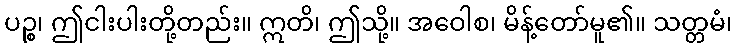
ပဉ္စ၊ ဤငါးပါးတို့တည်း။ ဣတိ၊ ဤသို့။ အဝေါစ၊ မိန့်တော်မူ၏။ သတ္တမံ၊